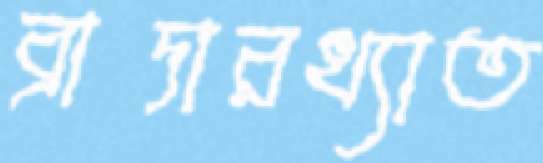
ব্রাদারখ্যাত